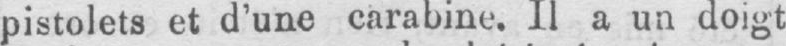
pistolets et d’une carabine. Il a un doigt